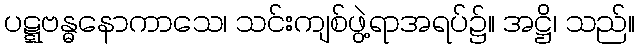
ပဋ္ဋဗန္ဓနောကာသေ၊ သင်းကျစ်ဖွဲ့ရာအရပ်၌။ အဋ္ဌိ၊ သည်။